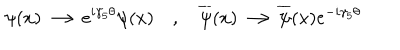
\psi ( x ) \longrightarrow e ^ { i \gamma _ { 5 } \theta } \psi ( x ) \quad , \quad \overline { { { \psi } } } ( x ) \longrightarrow \overline { { { \psi } } } ( x ) e ^ { - i \gamma _ { 5 } \theta }